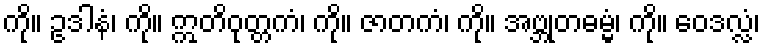
ကို။ ဥဒါနံ၊ ကို။ ဣတိဝုတ္တကံ၊ ကို။ ဇာတကံ၊ ကို။ အဗ္ဘုတဓမ္မံ၊ ကို။ ဝေဒလ္လံ၊